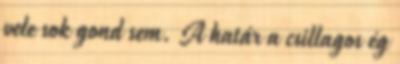
vele sok gond sem. A határ a csillagos ég